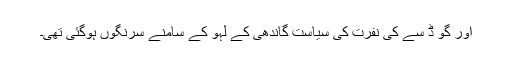
اور گو ڈ سے کی نفرت کی سیاست گاندھی کے لہو کے سامنے سرنگوں ہوگئی تھی۔